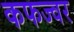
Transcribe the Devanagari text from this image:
कफज्वर